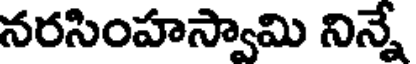
నరసింహస్వామి నిన్నే